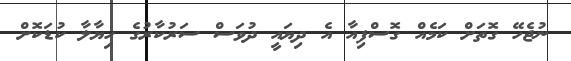
ނުޖެހޭ ގޮތަށް ކަމެއް ގޮސްފިއާ އެ ދިޔައީ ދުވަސް ސަރުކާރުގެ ހިޔާލާ ކުޑަކޮށް